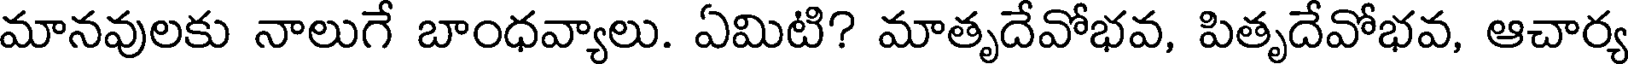
మానవులకు నాలుగే బాంధవ్యాలు. ఏమిటి? మాతృదేవోభవ, పితృదేవోభవ, ఆచార్య